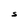
Character: S